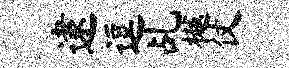
逮逗乩樾仗